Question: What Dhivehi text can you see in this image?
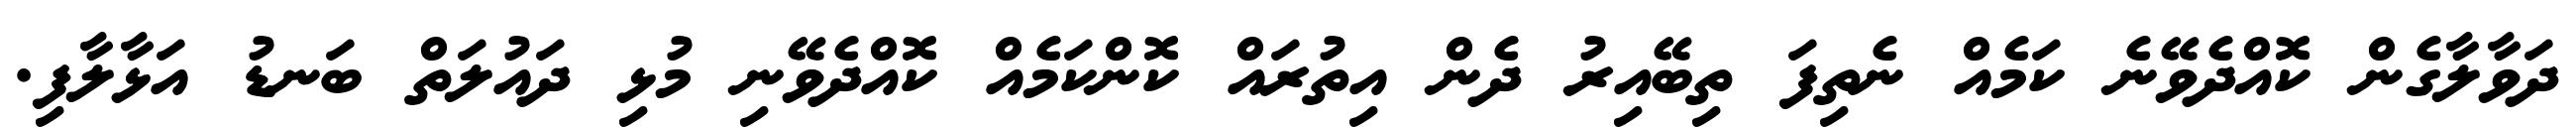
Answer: ދަވާލާގެން ކޮއްދެވޭނެ ކަމެއް ނެތިފަ ތިބޭއިރު ދެން އިތުރައް ކޮންކަމެއް ކޮއްދެވޭނި މުޅި ދައުލަތް ބަނޑު އަޅާލާފި.